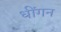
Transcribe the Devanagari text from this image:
धींगन